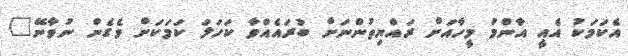
އެކަމަކު އެއީ އާންމު މީހާއަށް ރައްޔިތުންނަށް ބުރައެއްވާ ކަހަލަ ކަމަކަށް ވެގެން ނުވާނޭ"